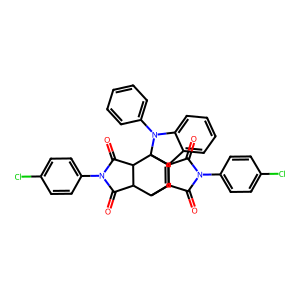
SMILES: O=C1C2C3C=C4c5ccccc5N(c5ccccc5)C4(C2C(=O)N1c1ccc(Cl)cc1)C1C(=O)N(c2ccc(Cl)cc2)C(=O)C31
Inhibits HIV replication: No